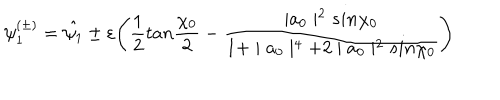
\psi _ { 1 } ^ { ( \pm ) } = \hat { \psi _ { 1 } } \pm \varepsilon \Biggl ( \frac { 1 } { 2 } t a n \frac { \chi _ { 0 } } { 2 } - \frac { \mid a _ { 0 } \mid ^ { 2 } s i n \chi _ { 0 } } { 1 + \mid a _ { 0 } \mid ^ { 4 } + 2 \mid a _ { 0 } \mid ^ { 2 } s i n \chi _ { 0 } } \Biggr )